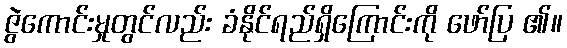
ဇွဲကောင်းမှုတွင်လည်း ခံနိုင်ရည်ရှိကြောင်းကို ဖော်ပြ ၏။